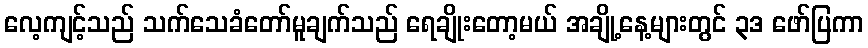
လေ့ကျင့်သည် သက်သေခံတော်မူချက်သည် ရေချိုးတော့မယ် အချို့နေ့များတွင် ၃ဒ ဖော်ပြကာ